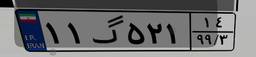
۱۱گ۵۲۱۱۴